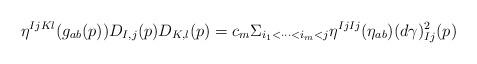
LaTeX: \begin{align*}\eta^{IjKl}(g_{ab}(p))D_{I,j}(p)D_{K,l}(p)=c_m\Sigma_{i_1<\cdots<i_m<j}\eta^{IjIj}(\eta_{ab})(d\gamma)^2_{Ij}(p)\end{align*}